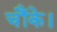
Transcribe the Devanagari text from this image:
चौंके।